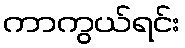
ကာကွယ်ရင်း